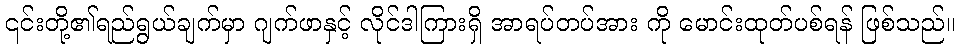
၎င်းတို့၏ရည်ရွယ်ချက်မှာ ဂျက်ဖာနှင့် လိုင်ဒါကြားရှိ အာရပ်တပ်အား ကို မောင်းထုတ်ပစ်ရန် ဖြစ်သည်။